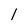
Character: l